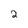
Character: 2